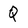
Character: Q